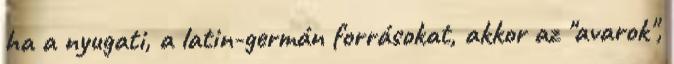
ha a nyugati, a latin-germán forrásokat, akkor az "avarok",